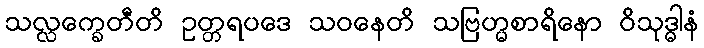
သလ္လက္ခေတီတိ ဥတ္တရပဒေ သဝနေတိ သဗြဟ္မစာရိနော ဝိသုဒ္ဓါနံ